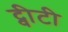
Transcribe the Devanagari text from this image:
ट्वीटी